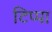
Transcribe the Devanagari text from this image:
टिप्पा